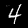
Label: 4